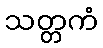
သတ္တကံ